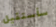
سأستقيل